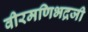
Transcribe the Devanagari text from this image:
वीरमणिभद्रजी